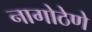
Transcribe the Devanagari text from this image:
नागोठेणे